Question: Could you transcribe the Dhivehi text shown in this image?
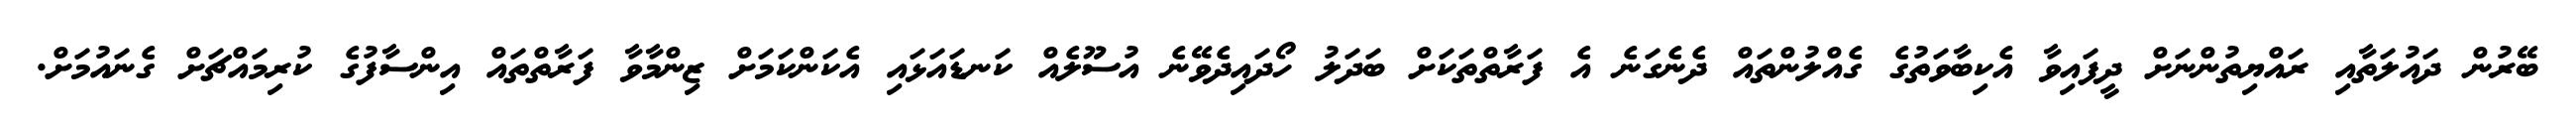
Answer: ބޭރުން ދައުލަތާއި ރައްޔިތުންނަށް ދީފައިވާ އެކިބާވަތުގެ ގެއްލުންތައް ދެނެގަނެ އެ ފަރާތްތަކަށް ބަދަލު ހޯދައިދެވޭނެ އުސޫލެއް ކަނޑައަޅައި އެކަންކަމަށް ޒިންމާވާ ފަރާތްތައް އިންސާފުގެ ކުރިމައްޗަށް ގެނައުމަށް.